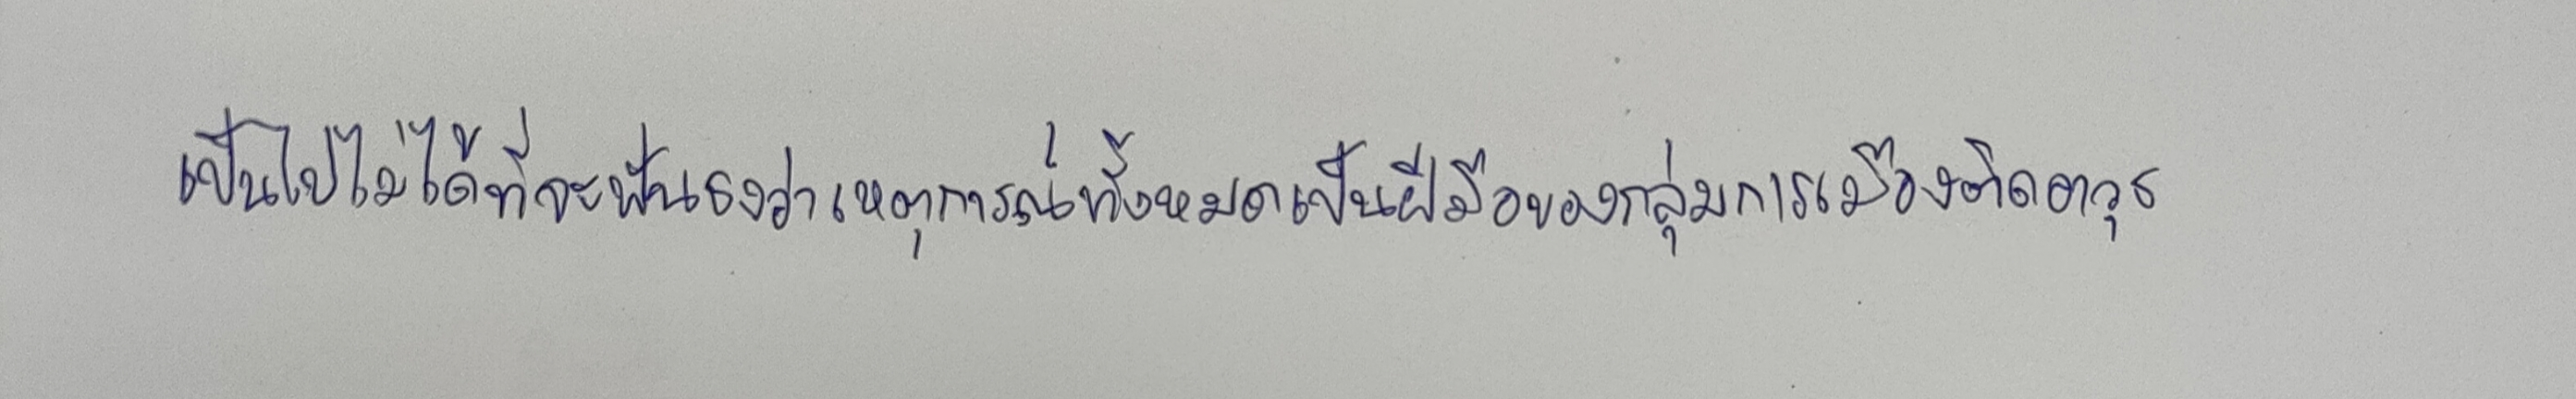
เป็นไปไม่ได้ที่จะฟันธงว่าเหตุการณ์ทั้งหมดเป็นฝีมือของกลุ่มการเมืองติดอาวุธ